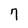
Character: 7